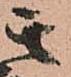
其